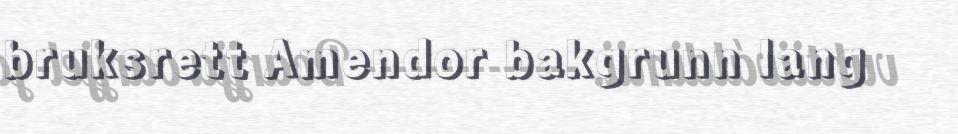
bruksrett Amendor bakgrunn lang